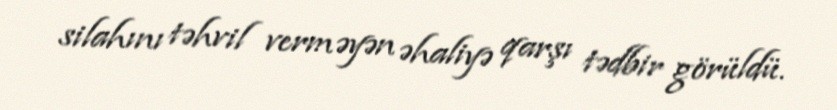
silahını təhvil verməyən əhaliyə qarşı tədbir görüldü.